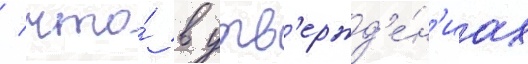
/ что́ в утв'ержд'е́н'иах